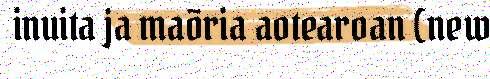
inuita ja maõria aotearoan (new